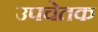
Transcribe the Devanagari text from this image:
उपचेतक